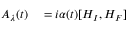
\begin{array} { r l } { A _ { \lambda } ( t ) } & { { } = i \alpha ( t ) [ H _ { I } , H _ { F } ] } \end{array}